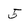
Character: 5